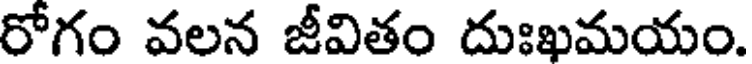
రోగం వలన జీవితం దుఃఖమయం.